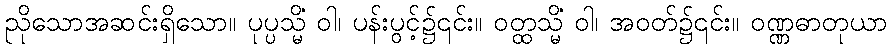
ညိုသောအဆင်းရှိသော။ ပုပ္ပသ္မိံ ဝါ၊ ပန်းပွင့်၌၎င်း။ ဝတ္ထသ္မိံ ဝါ၊ အဝတ်၌၎င်း။ ဝဏ္ဏဓာတုယာ